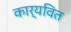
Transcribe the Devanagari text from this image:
कार्यवित